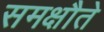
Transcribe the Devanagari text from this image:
समक्षौते